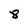
Character: 8